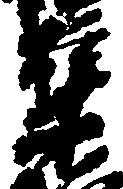
集